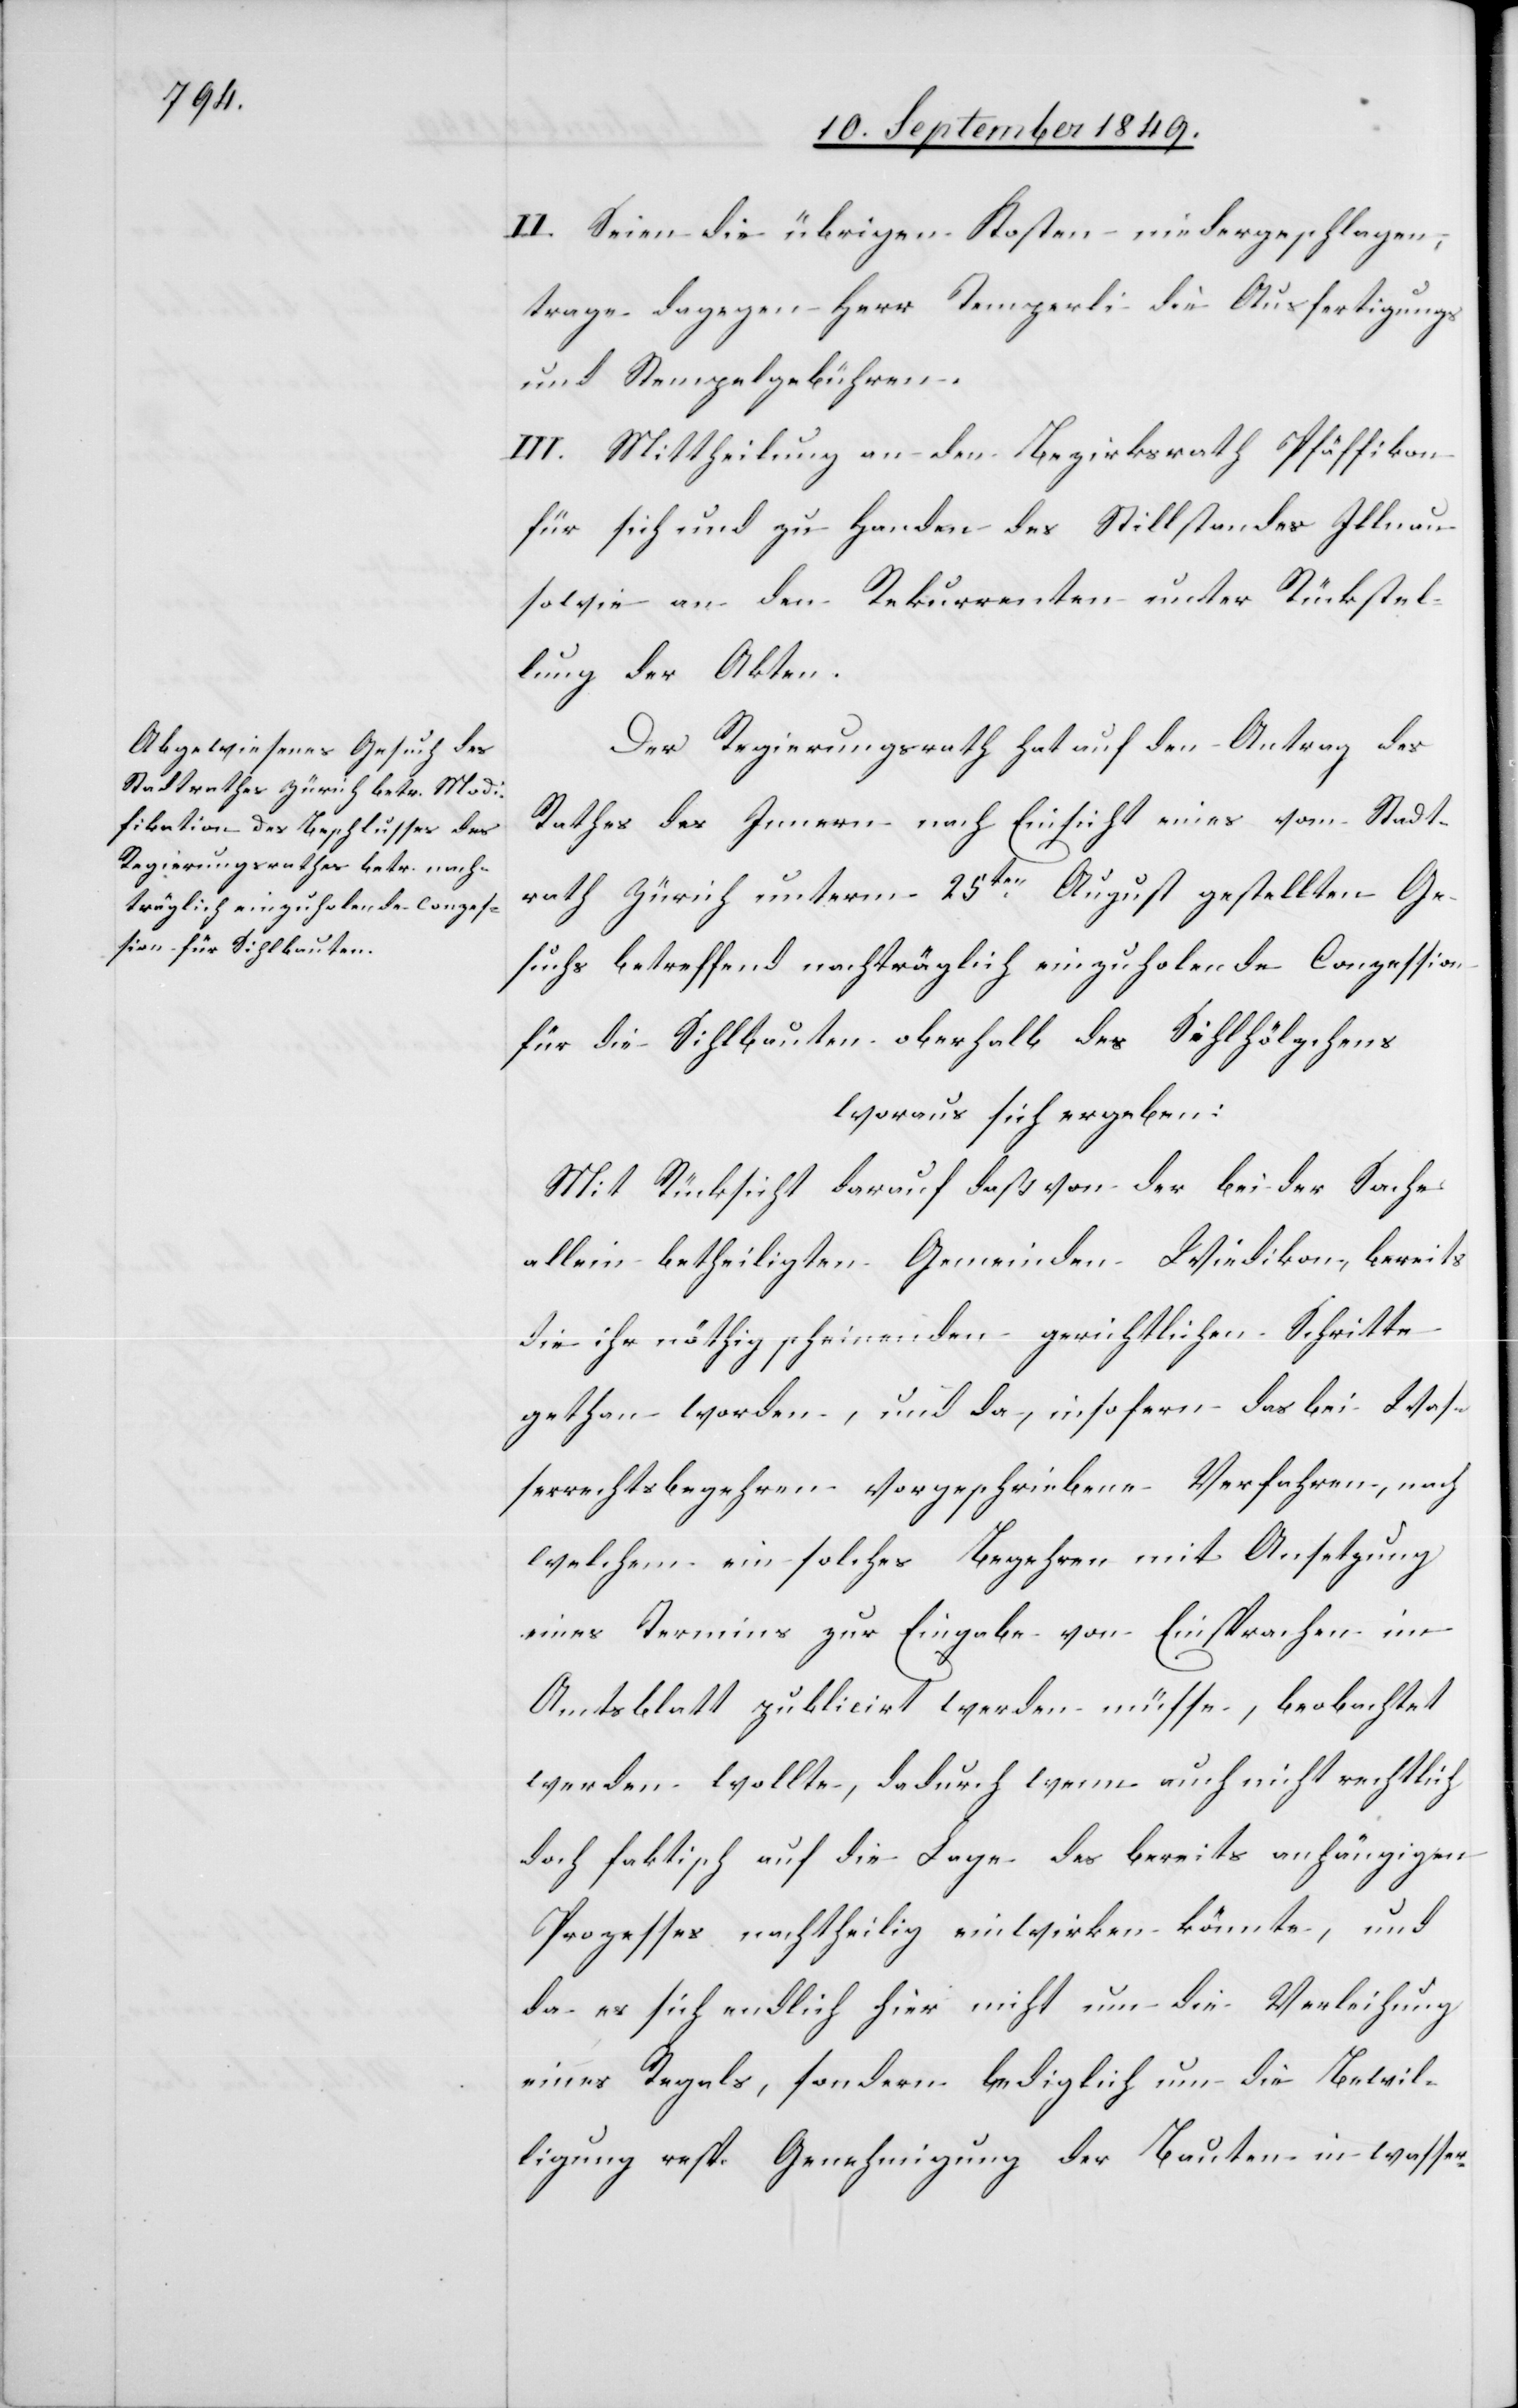
II. Seien die übrigen Kosten niedergeschlagen,
trage dagegen Herr Temperli die Ausfertigungs[-]
und Stempelgebühren.
III. Mittheilung an den Bezirksrath Pfäffikon
für sich und zu Handen des Stillstandes Illnau
sowie an den Rekurrenten unter Rückstel¬
lung der Akten.
Der Regierungsrath hat auf den Antrag des
Rathes des Innern nach Einsicht eines vom Stadt¬
rath Zürich unterm 25ten August gestellten Ge¬
suchs betreffend nachträglich einzuholende Conzession
für die Sihlbauten oberhalb des Sihlhölzchens
woraus sich ergeben:
Mit Rücksicht darauf daß von der bei der Sache
allein betheiligten Gemeinden Wiedikon, bereits
die ihr nöthig scheinenden gerichtlichen Schritte
gethan worden, und da, insofern das bei Was¬
serrechtsbegehren vorgeschriebene Verfahren, nach
welchem ein solches Begehren mit Ansetzung
eines Termins zur Eingabe von Einsprachen im
Amtsblatt publicirt werden müsse, beobachtet
werden wollte, dadurch wenn auch nicht rechtlich
doch faktisch auf die Lage des bereits anhängigen
Prozesses nachtheilig einwirken könnte, und
da es sich endlich hier nicht um die Verleihung
eines Regals, sondern lediglich um die Bewil¬
ligung resp. Genehmigung der Bauten in wasser-